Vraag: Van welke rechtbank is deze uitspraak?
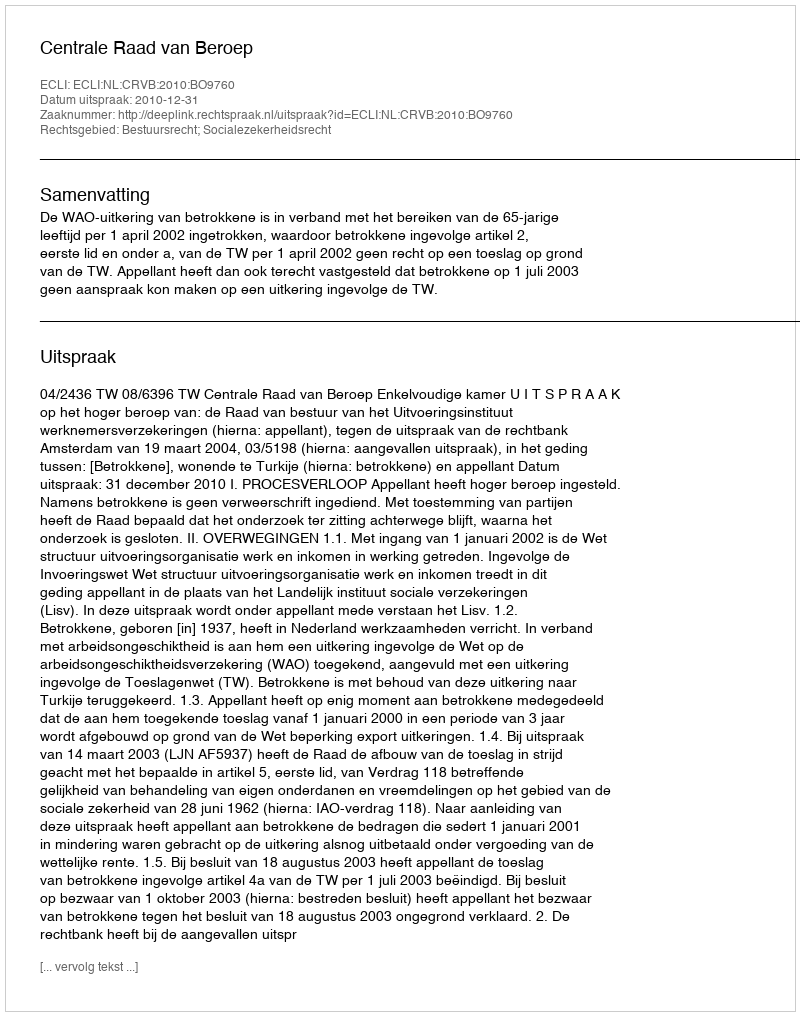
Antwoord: Centrale Raad van Beroep